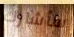
سأشارك